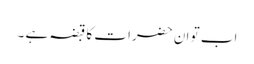
اب تو ان حضرات کا قبضہ ہے ۔